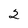
Character: 2